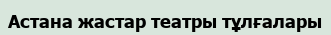
Астана жастар театры тұлғалары